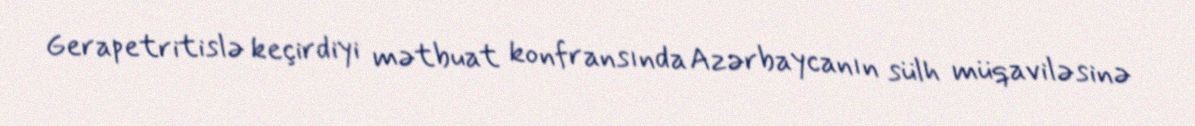
Gerapetritislə keçirdiyi mətbuat konfransında Azərbaycanın sülh müqaviləsinə